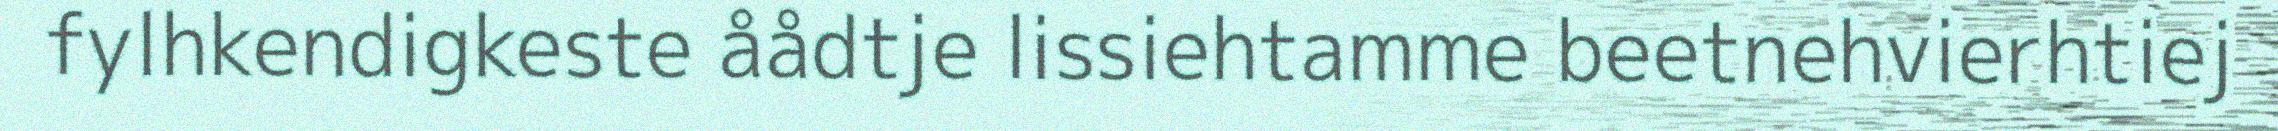
fylhkendigkeste åådtje lissiehtamme beetnehvierhtiej